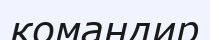
командир